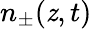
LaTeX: n_{\pm}(\mathit{z},t)